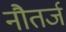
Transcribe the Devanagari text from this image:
नौतर्ज